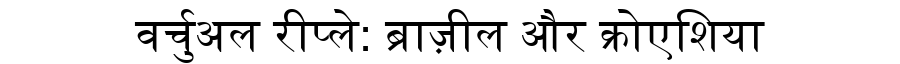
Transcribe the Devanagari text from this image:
वर्चुअल रीप्ले: ब्राज़ील और क्रोएशिया